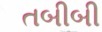
તબીબી